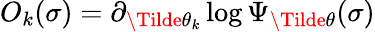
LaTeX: O_{k}(\sigma)=\partial_{\Tilde{\theta}_{k}}\log\Psi_{\Tilde{\theta}}(\sigma)